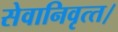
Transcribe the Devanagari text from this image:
सेवानिवृत्‍त।